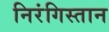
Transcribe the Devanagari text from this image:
निरंगिस्तान